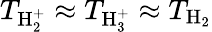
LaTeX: T_{\mathrm{H}_{2}^{+}}\approx T_{\mathrm{H}_{3}^{+}}\approx T_{\mathrm{H}_{2}}